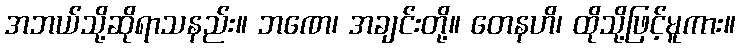
အဘယ်သို့ဆိုရာသနည်း။ ဘဏေ၊ အချင်းတို့။ တေနဟိ၊ ထိုသို့ဖြင့်မူကား။